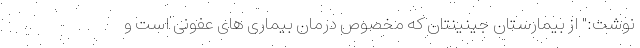
نوشت:" از بیمارستان جینینتان که مخصوص درمان بیماری های عفونی است و